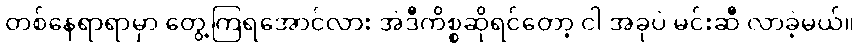
တစ်နေရာရာမှာ တွေ့ကြရအောင်လား အဲဒီကိစ္စဆိုရင်တော့ ငါ အခုပဲ မင်းဆီ လာခဲ့မယ်။